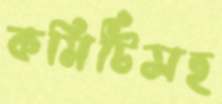
কমিটিসহ